Annual report on the working of the mental hospitals in the Madras Presidency - 1912-1932
Year: 1912
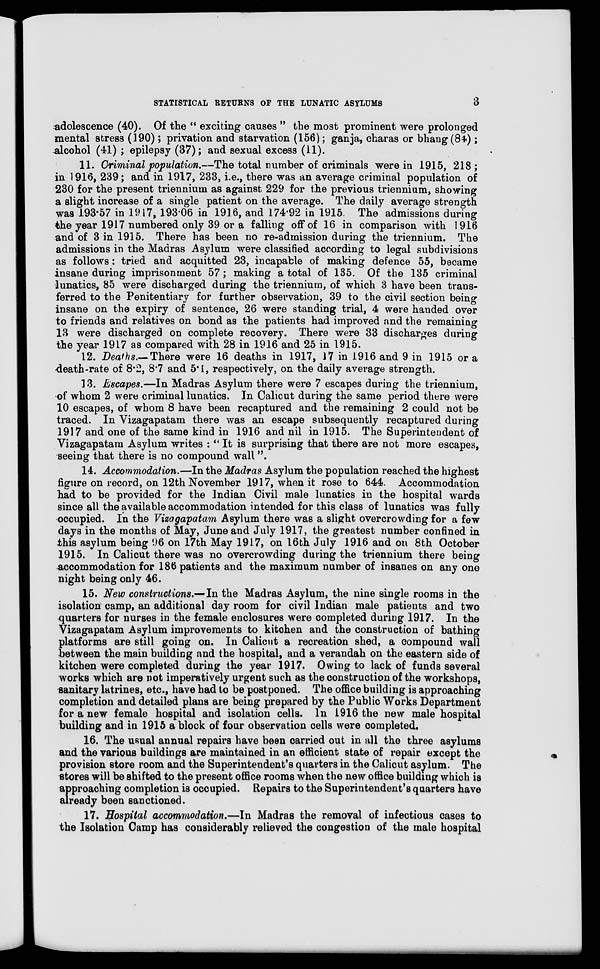
STATISTICAL RETURNS OF THE LUNATIC
ASYLUMS
3
adolescence (40). Of the " exciting causes " the most prominent were prolonged
mental stress (190) ; privation and starvation (156) ; ganja, charas or bhang (84) ;
alcohol (41) ; epilepsy (37) ; and sexual excess (11).
11. Criminal population.—The total number of criminals were in 1915, 218 ;
in 1916, 239; and in 1917, 233, i.e., there was an average criminal population of
230 for the present triennium as against 229 for the previous triennium, showing
a slight increase of a single patient on the average. The daily average strength
was 193.57 in 1917, 193.06 in 1916, and 174.92 in 1915. The admissions during
the year 1917 numbered only 39 or a falling off of 16 in comparison with 1916
and of 3 in 1915. There has been no re-admission during the triennium. The
admissions in the Madras Asylum were classified according to legal subdivisions
as follows : tried and acquitted 23, incapable of making defence 55, became
insane during imprisonment 57 ; making a total of 135. Of the 135 criminal
lunatics, 85 were discharged during the triennium, of which 3 have been trans-
ferred to the Penitentiary for further observation, 39 to the civil section being
insane on the expiry of sentence, 26 were standing trial, 4 were handed over
to friends and relatives on bond as the patients had improved and the remaining
13 were discharged on complete recovery. There were 33 discharges during
the year 1917 as compared with 28 in 1916 and 25 in 1915.
12. Deaths.— There were 16 deaths in 1917, 17 in 1916 and 9 in 1915 or a
death-rate of 8.2, 8.7 and 5.1, respectively, on the daily average strength.
13. Escapes.—In Madras Asylum there were 7 escapes during the triennium,
of whom 2 were criminal lunatics. In Calicut during the same period there were
10 escapes, of whom 8 have been recaptured and the remaining 2 could not be
traced. In Vizagapatam there was an escape subsequently recaptured during
1917 and one of the same kind in 1916 and nil in 1915. The Superintendent of
Vizagapatam Asylum writes : " It is surprising that there are not more escapes,
seeing that there is no compound wall ".
14. Accommodation.—In the Madras Asylum the population reached the highest
figure on record, on 12th November 1917, when it rose to 644. Accommodation
had to be provided for the Indian Civil male lunatics in the hospital wards
since all the available accommodation intended for this class of lunatics was fully
occupied. In the Vizagapatam Asylum there was a slight overcrowding for a few
days in the months of May, June and July 1917, the greatest number confined in
this asylum being 96 on 17th May 1917, on 16th July 1916 and on 8th October
1915. In Calicut there was no overcrowding during the triennium there being
accommodation for 186 patients and the maximum number of insanes on any one
night being only 46.
15. New constructions.—In the Madras Asylum, the nine single rooms in the
isolation camp, an additional day room for civil Indian male patients and two
quarters for nurses in the female enclosures were completed during 1917. In the
Vizagapatam Asylum improvements to kitchen and the construction of bathing
platforms are still going on. In Calicut a recreation shed, a compound wall
between the main building and the hospital, and a verandah on the eastern side of
kitchen were completed during the year 1917. Owing to lack of funds several
works which are not imperatively urgent such as the construction of the workshops,
sanitary latrines, etc., have had to be postponed. The office building is approaching
completion and detailed plans are being prepared by the Public Works Department
for a new female hospital and isolation cells. In 1916 the new male hospital
building and in 1915 a block of four observation cells were completed.
16. The usual annual repairs have been carried out in all the three asylums
and the various buildings are maintained in an efficient state of repair except the
provision store room and the Superintendent's quarters in the Calicut asylum. The
stores will be shifted to the present office rooms when the new office building which is
approaching completion is occupied. Repairs to the Superintendent's quarters have
already been sanctioned.
17. Hospital accommodation.—In Madras the removal of infectious cases to
the Isolation Camp has considerably relieved the congestion of the male hospital